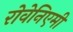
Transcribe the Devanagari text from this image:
रोवेनिएमी